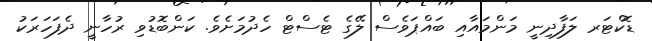
ޑޮކްޓަރ ލަފާދިނީ މަންމައާއި ބައްޕަވެސް ލޭގެ ޓެސްޓް ހެދުމަށެވެ. ކަންބޮޑުވި ރުހާނީ ދެފަހަރަކު